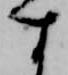
す